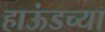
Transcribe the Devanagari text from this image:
हाऊंडच्या